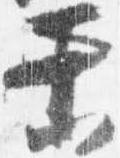
業